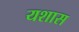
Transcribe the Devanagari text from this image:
यशास